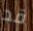
قد